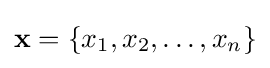
\mathbf {x} =\{x_{1},x_{2},\dots ,x_{n}\}